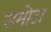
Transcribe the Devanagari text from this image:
समोटा